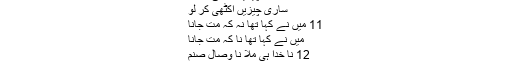
10 ساری چیزیں اکھٹی کر لو
ساری چیزیں اکٹھی کر لو
11 میں نے کہا تھا نہ کہ مت جانا
میں نے کہا تھا نا کہ مت جانا
12 نا خدا ہی ملا نا وصالِ صنم
13 دوکان سے سامان لے آؤ۔